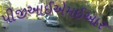
પીજીઆઈએમઈઆર